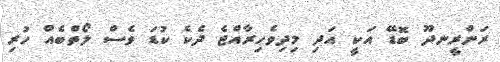
ރަންރީނދޫ ބޮޑޭ އަކީ އަދި މިދިވެހިރާއްޖެ ދެކެ ކުޑަ ވެސް ލޯތްބެއް ހުރި